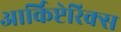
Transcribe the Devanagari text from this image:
आर्किप्टेरिक्स